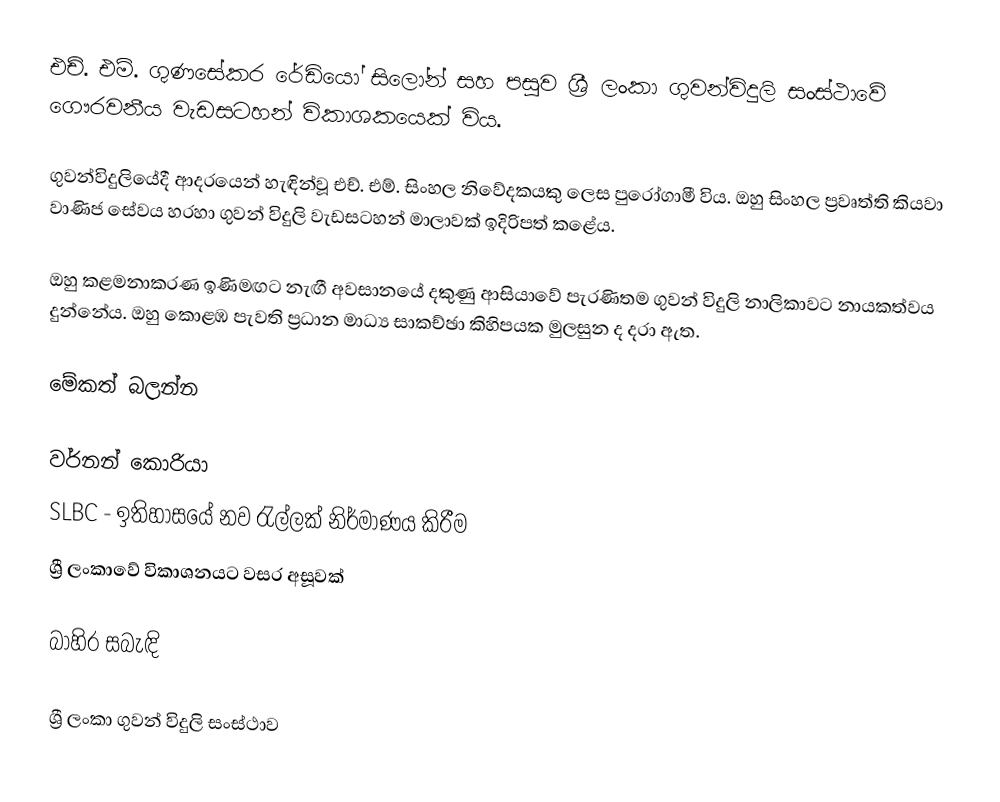
එච්. එම්. ගුණසේකර රේඩියෝ සිලෝන් සහ පසුව ශ්‍රී ලංකා ගුවන්විදුලි සංස්ථාවේ ගෞරවනීය වැඩසටහන් විකාශකයෙක් විය.

ගුවන්විදුලියේදී ආදරයෙන් හැඳින්වූ එච්. එම්. සිංහල නිවේදකයකු ලෙස පුරෝගාමී විය. ඔහු සිංහල ප්‍රවෘත්ති කියවා වාණිජ සේවය හරහා ගුවන් විදුලි වැඩසටහන් මාලාවක් ඉදිරිපත් කළේය.

ඔහු කළමනාකරණ ඉණිමඟට නැඟී අවසානයේ දකුණු ආසියාවේ පැරණිතම ගුවන් විදුලි නාලිකාවට නායකත්වය දුන්නේය. ඔහු කොළඹ පැවති ප්‍රධාන මාධ්‍ය සාකච්ඡා කිහිපයක මුලසුන ද දරා ඇත.

මේකත් බලන්න

 වර්නන් කොරියා
 SLBC - ඉතිහාසයේ නව රැල්ලක් නිර්මාණය කිරීම
 ශ්‍රී ලංකාවේ විකාශනයට වසර අසූවක්

බාහිර සබැඳි

 ශ්‍රී ලංකා ගුවන් විදුලි සංස්ථාව